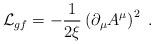
LaTeX: \begin{align*}{\cal L}_{gf}=-\frac{1}{2\xi}\left(\partial_\mu A^\mu\right)^2\ . \end{align*}